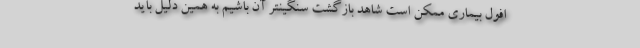
افول بیماری ممکن است شاهد بازگشت سنگینتر آن باشیم به همین دلیل باید